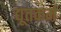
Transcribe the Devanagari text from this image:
द्यूतकर्म